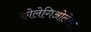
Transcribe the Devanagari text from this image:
कोलेगिओलेस